Report on sanitation, dispensaries, and jails in Rajputana for 1920, and on vaccination for the year 1920-1921 - 1920-1921
Year: 1920
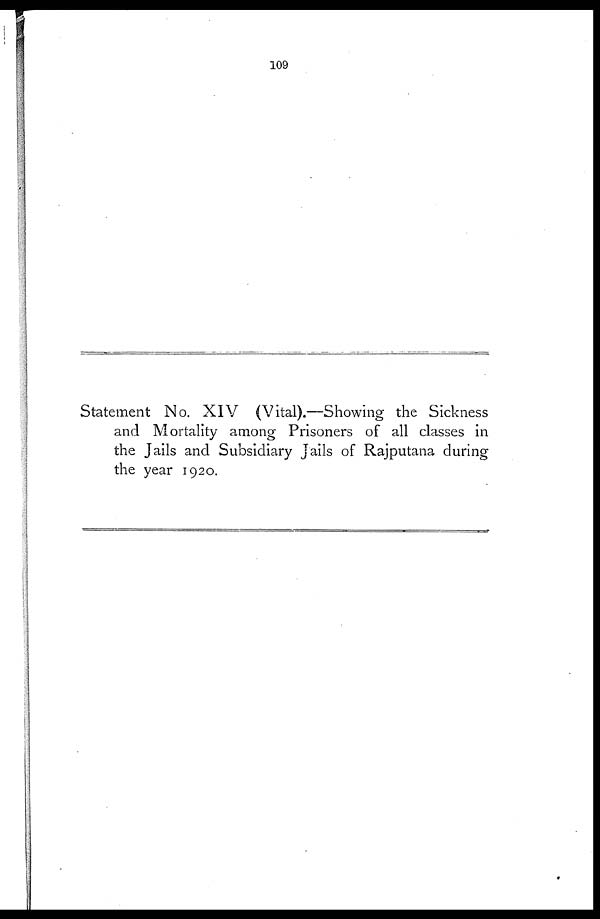
109
Statement No. XIV (Vital).—Showing the Sickness
and Mortality among Prisoners of all classes in
the Jails and Subsidiary jails of Rajputana during
the year 1920.